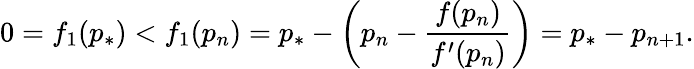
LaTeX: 0=f_{1}(p_{*})<f_{1}(p_{n})=p_{*}-\left(p_{n}-\frac{f(p_{n})}{f^{\prime}(p_{n})}\right)=p_{*}-p_{n+1}.